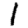
Digit: 1